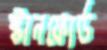
স্টানফোর্ড